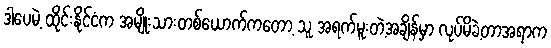
ဒါပေမဲ့ ထိုင်းနိုင်ငံက အမျိုးသားတစ်ယောက်ကတော့ သူ အရက်မူးတဲ့အချိန်မှာ လုပ်မိခဲ့တာအရာက